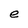
Character: e